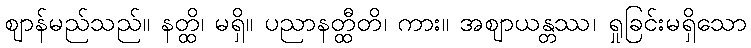
ဈာန်မည်သည်။ နတ္ထိ၊ မရှိ။ ပညာနတ္ထီတိ၊ ကား။ အဈာယန္တဿ၊ ရှုခြင်းမရှိသော